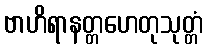
ဗာဟိရာနတ္တဟေတုသုတ္တံ